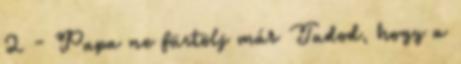
2 - Papa ne füstölj már Tudod, hogy a